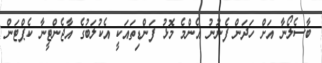
ބާސެލޯނާ އަށް ހަދަން ފެނުނު އެންމެ މޮޅު ފަންޑިތައަކީ އެކުލަބުގެ އާޖެންޓީނާ ކެޕްޓަން